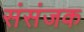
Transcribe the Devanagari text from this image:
संसंजक